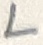
Text: L